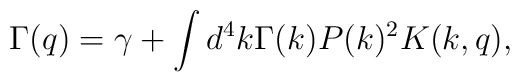
\Gamma(q)=\gamma+\int d^4k \Gamma(k)P(k)^2K(k,q),